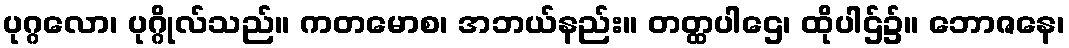
ပုဂ္ဂလော၊ ပုဂ္ဂိုလ်သည်။ ကတမောစ၊ အဘယ်နည်း။ တတ္ထပါဌေ၊ ထိုပါဌ်၌။ ဘောဇနေ၊